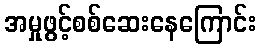
အမှုဖွင့်စစ်ဆေးနေကြောင်း